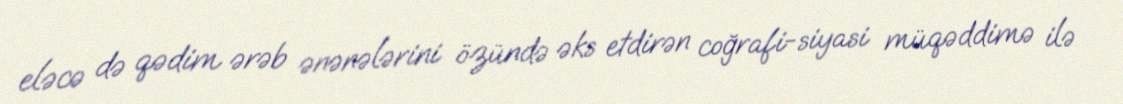
eləcə də qədim ərəb ənənələrini özündə əks etdirən coğrafi-siyasi müqəddimə ilə